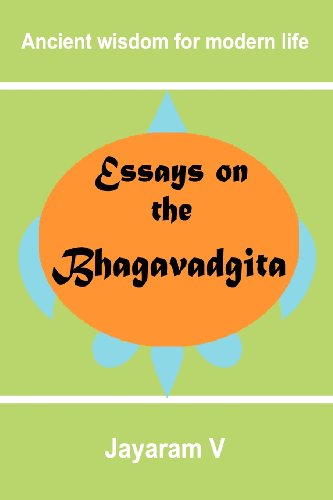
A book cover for Essays on the Bhagavadgita; Jayaram V; Religion & Spirituality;